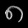
Digit: ၈